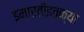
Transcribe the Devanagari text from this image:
इमारतींइतक्या